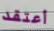
أعتقد